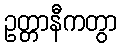
ဥတ္တာနီကတွာ